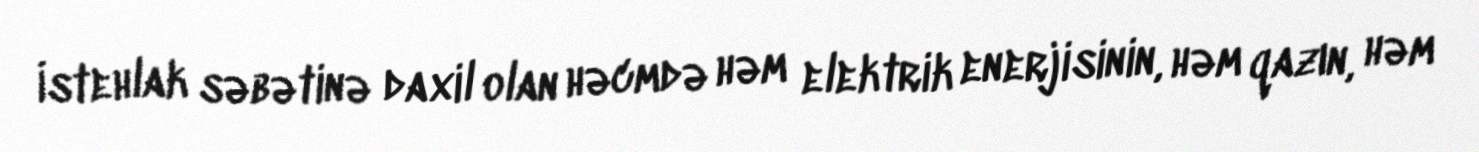
İstehlak səbətinə daxil olan həcmdə həm elektrik enerjisinin, həm qazın, həm